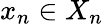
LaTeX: x_{n}\in X_{n}